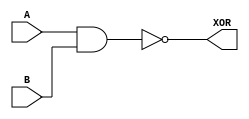
module xor_gate (
    input A,
    input B,
    output XOR
);

wire w1, w2, w3, w4;

and gate1(w1, A, B);
and gate2(w2, A, B);
or gate3(w3, A, B);
nand gate4(XOR, w1, w2);

endmodule